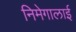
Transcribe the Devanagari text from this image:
निमेगालाई